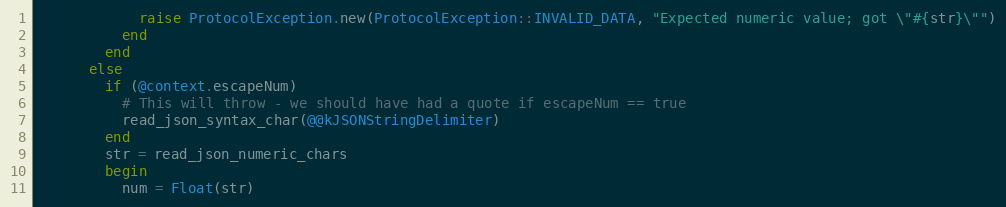
Language: Ruby
            raise ProtocolException.new(ProtocolException::INVALID_DATA, "Expected numeric value; got \"#{str}\"")
          end
        end
      else
        if (@context.escapeNum)
          # This will throw - we should have had a quote if escapeNum == true
          read_json_syntax_char(@@kJSONStringDelimiter)
        end
        str = read_json_numeric_chars
        begin
          num = Float(str)